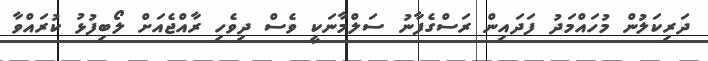
ދަރިކަލުން މުހައްމަދު ފަދައިން ރަސްގެފާނު ސަލްމާނަކީ ވެސް ދިވެހި ރާއްޖެއަށް ލޯބިފުޅު ކުރައްވާ